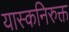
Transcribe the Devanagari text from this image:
यास्कनिरुक्त